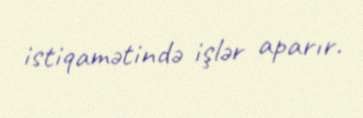
istiqamətində işlər aparır.